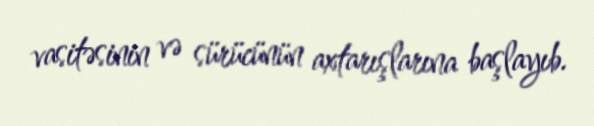
vasitəsinin və sürücünün axtarışlarına başlayıb.